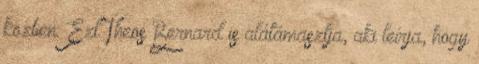
közben. Ezt Theos Bernard is alátámasztja, aki leírja, hogy